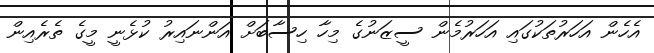
އެހެން އަހަރުތަކުގައި އަހަރުމެން ސީޒަނުގެ މިހާ ހިސާބަށް އަންނައިރު ކުޅެނީ މީގެ ތެރެއިން